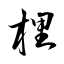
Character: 梩